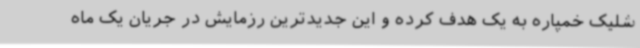
شلیک خمپاره به یک هدف کرده و این جدیدترین رزمایش در جریان یک ماه